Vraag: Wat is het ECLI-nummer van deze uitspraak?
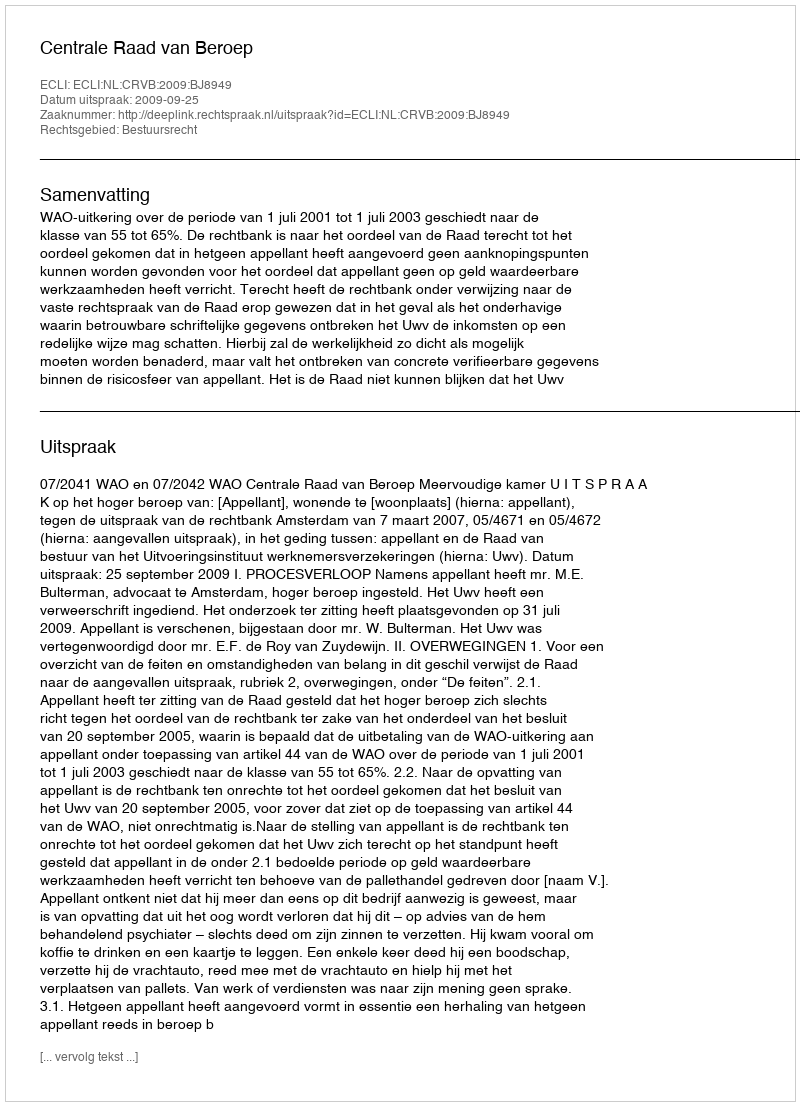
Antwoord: ECLI:NL:CRVB:2009:BJ8949